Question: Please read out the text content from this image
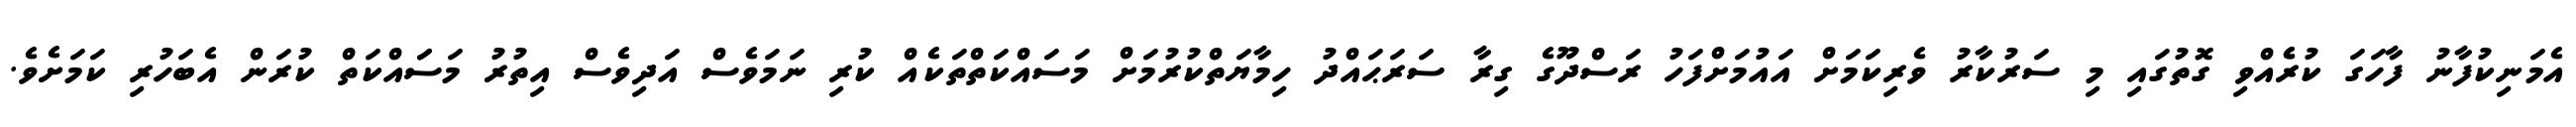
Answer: އެމަނިކުފާނު ފާހަގަ ކުރެެއްވި ގޮތުގައި މި ސަރުކާރު ވެރިކަމަށް އައުމަށްފަހު ރަސްދޫގެ ގިރާ ސަރަޙައްދު ހިމާޔަތްކުރުމަށް މަސައްކަތްތަކެއް ކުރި ނަމަވެސް އަދިވެސް އިތުރު މަސަައްކަތް ކުރަން އެބަހުރި ކަމަށެވެ.